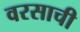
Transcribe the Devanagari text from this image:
वरसाची